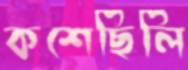
কশেছিলি